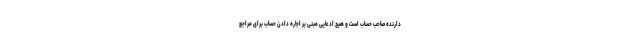
دارنده صاحب حساب است و هیچ ادعایی مبنی بر اجاره دادن حساب برای مراجع